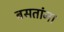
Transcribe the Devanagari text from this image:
बसतांना